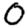
Digit: 0